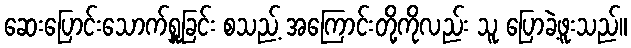
ဆေးပြောင်းသောက်ရှူခြင်း စသည့် အကြောင်းတို့ကိုလည်း သူ ပြောခဲ့ဖူးသည်။